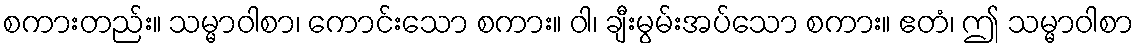
စကားတည်း။ သမ္မာဝါစာ၊ ကောင်းသော စကား။ ဝါ၊ ချီးမွမ်းအပ်သော စကား။ ဧတံ၊ ဤ သမ္မာဝါစာ